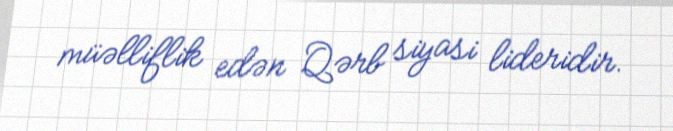
müəlliflik edən Qərb siyasi lideridir.